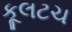
કૂલટચ